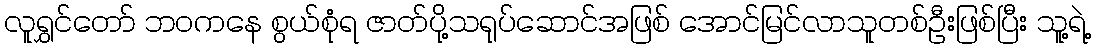
လူရွှင်တော် ဘဝကနေ စွယ်စုံရ ဇာတ်ပို့သရုပ်ဆောင်အဖြစ် အောင်မြင်လာသူတစ်ဦးဖြစ်ပြီး သူ့ရဲ့